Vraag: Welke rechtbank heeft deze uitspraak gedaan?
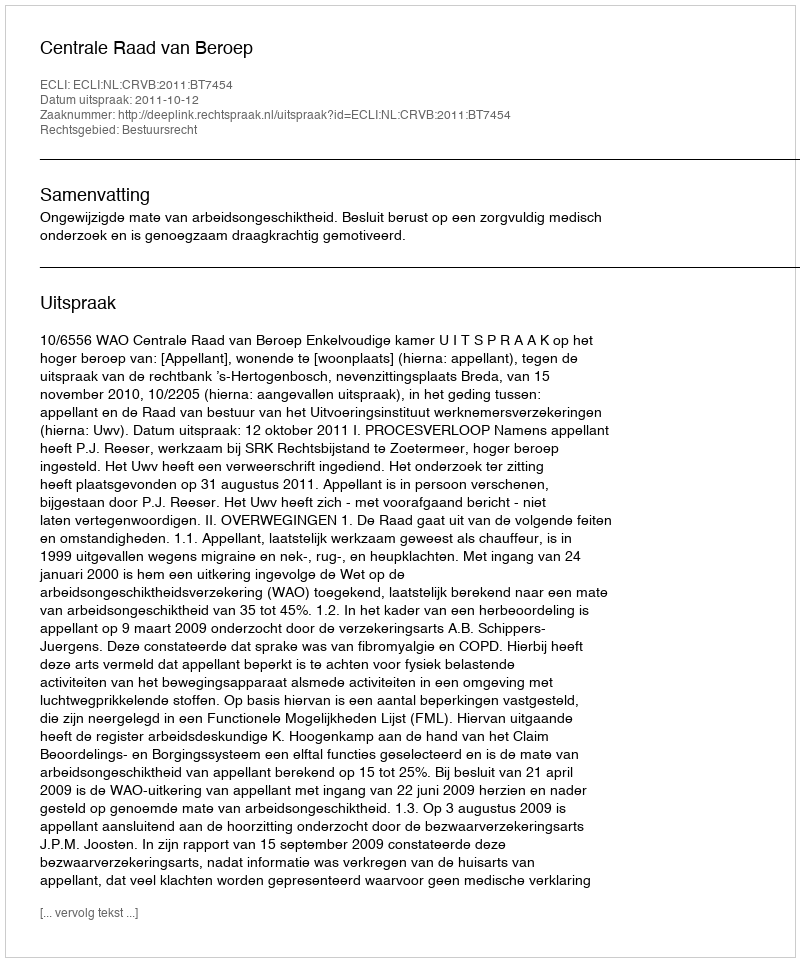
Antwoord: Centrale Raad van Beroep